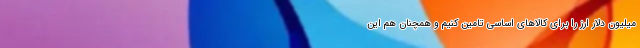
میلیون دلار ارز را برای کالاهای اساسی تامین کنیم و همچنان هم این